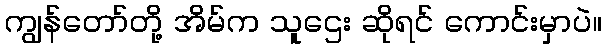
ကျွန်တော်တို့ အိမ်က သူဌေး ဆိုရင် ကောင်းမှာပဲ။